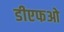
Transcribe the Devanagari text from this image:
डीएफओ